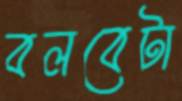
বলবেটা